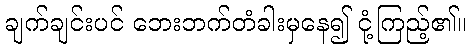
ချက်ချင်းပင် ဘေးဘက်တံခါးမှနေ၍ ငုံ့ကြည့်၏။